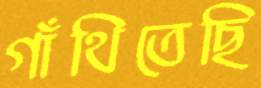
গাঁথিতেছি